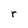
Character: r